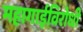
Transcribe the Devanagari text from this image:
महागाईविरोधी